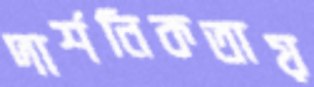
দার্শনিকতায়